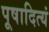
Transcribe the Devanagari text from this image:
पूषादित्यं